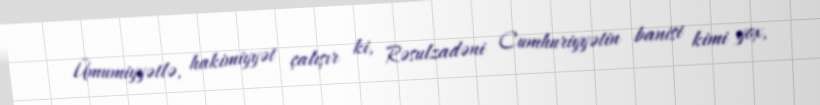
Ümumiyyətlə, hakimiyyət çalışır ki, Rəsulzadəni Cumhuriyyətin banisi kimi yox,